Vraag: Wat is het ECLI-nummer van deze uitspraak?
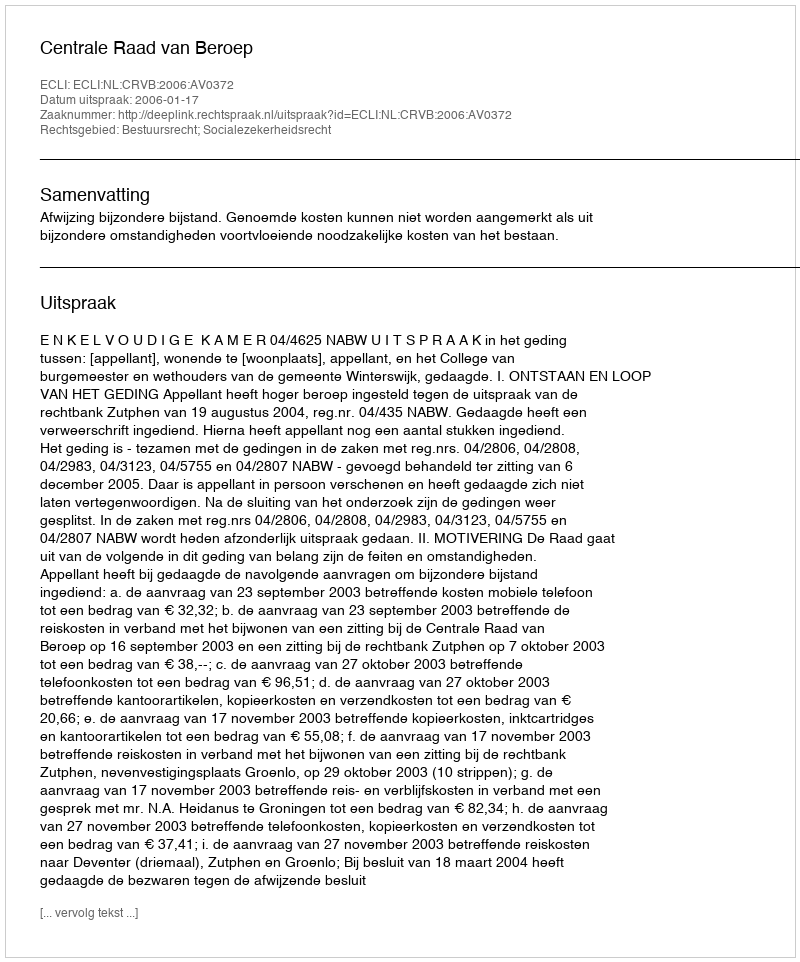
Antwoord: ECLI:NL:CRVB:2006:AV0372